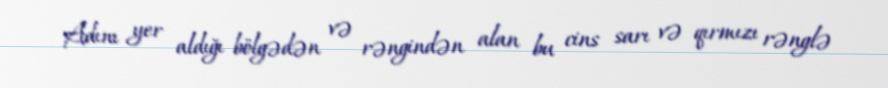
Adını yer aldığı bölgədən və rəngindən alan bu cins sarı və qırmızı rənglə